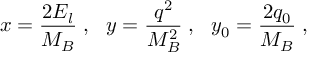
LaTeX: x = \frac { 2 E _ { l } } { M _ { B } } \; , \mathrm { \ \ } y = \frac { q ^ { 2 } } { M _ { B } ^ { 2 } } \; , \mathrm { \ \ } y _ { 0 } = \frac { 2 q _ { 0 } } { M _ { B } } \; ,